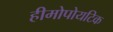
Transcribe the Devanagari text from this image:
हीमोपोयटिक